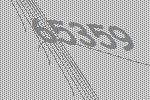
65359